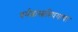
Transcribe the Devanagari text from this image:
धर्मशास्त्रविषयाचा